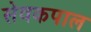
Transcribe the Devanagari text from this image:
सेवकपाल